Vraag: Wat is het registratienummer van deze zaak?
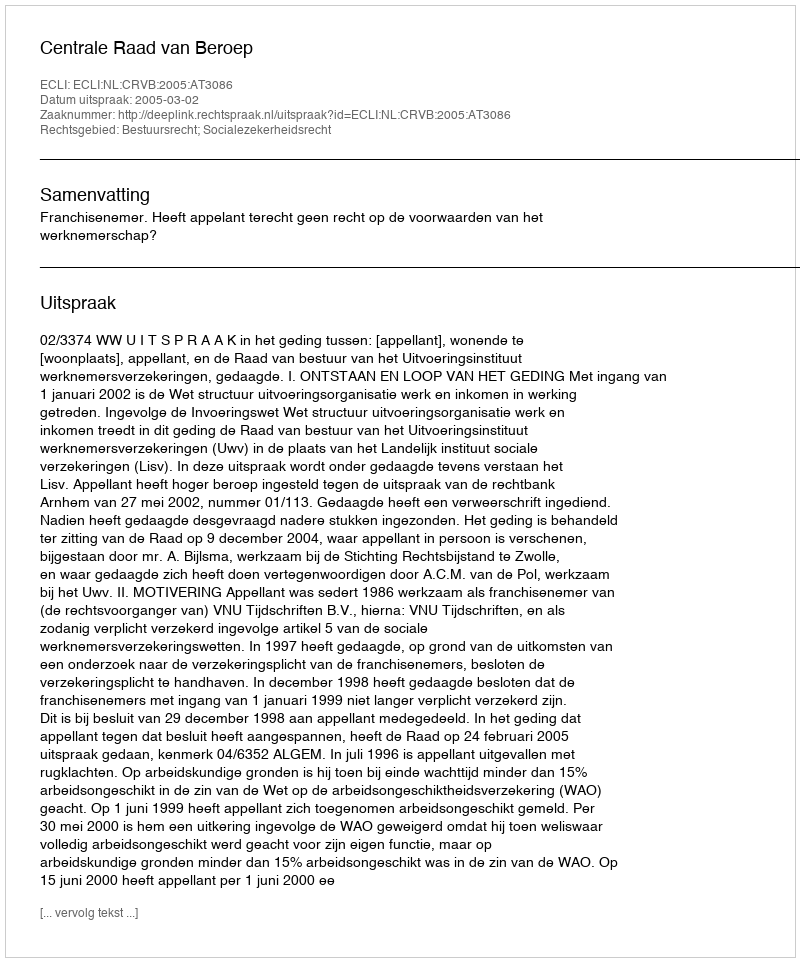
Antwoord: http://deeplink.rechtspraak.nl/uitspraak?id=ECLI:NL:CRVB:2005:AT3086